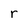
Character: r